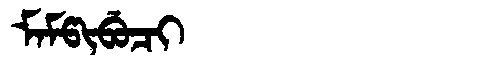
Manchu: ᠮᠠᠮᡦᡳᠪᡠᠴᡳ
Romanization: MAMPIBUCI